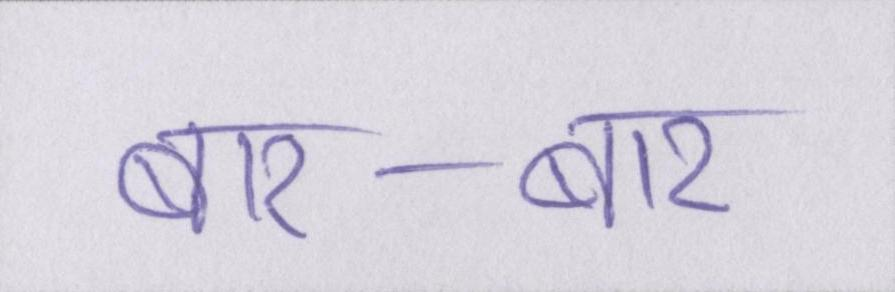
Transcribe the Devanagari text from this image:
बार-बार